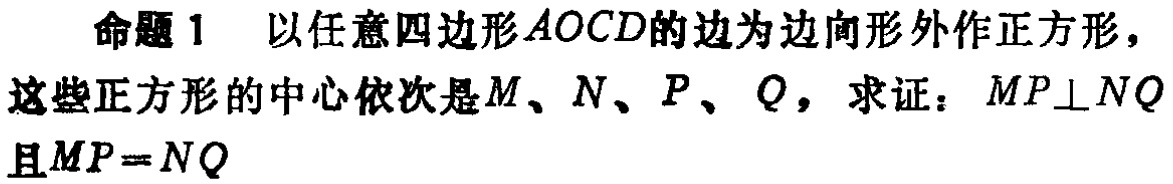
命题1 以任意四边形\(AOCD\)的边为边向形外作正方形，这些正方形的中心依次是\(M\)、\(N\)、\(P\)、\(Q\)，求证：\(MP\perp NQ\)且\(MP = NQ\)